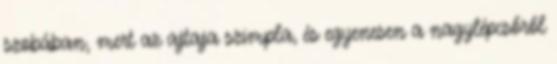
szobában, mert az ajtaja szimpla, és egyenesen a nagylépcsőről